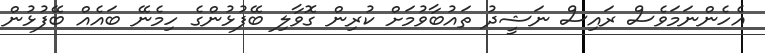
އެހެންނަމަވެސް ރައިސް ނަޝީދު ތައުބާވުމަށް ކުރިން ގޮވާލި ބޭފުޅުންގެ ހިމެނޭ ބައެއް ބޭފުޅުން